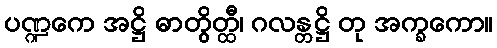
ပဏ္ဍကေ အဋ္ဌိ ဓာတွိတ္ထီ၊ ဂလန္တဋ္ဌိ တု အက္ခကော။